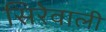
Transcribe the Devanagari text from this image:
सिरेवाली